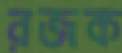
রজক